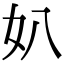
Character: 𡚭